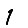
Digit: 1